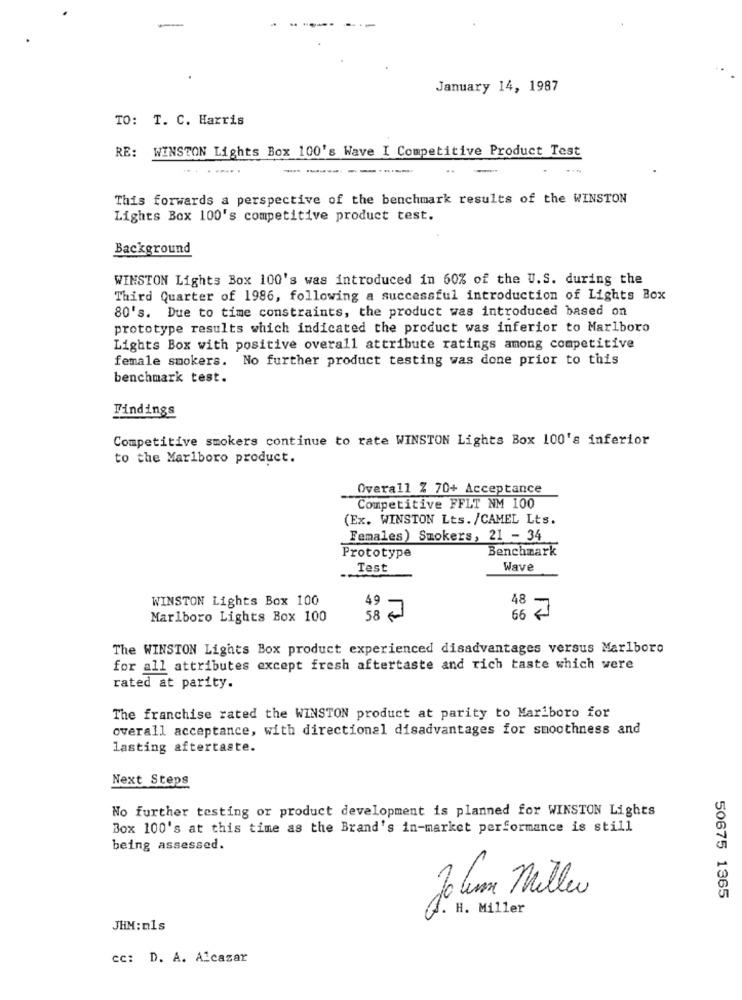
January 14, 1987
TO: T. C. Harris
RE: WINSTON Lights Box 100's Wave I Competitive Product Test
--...
----------
This forwards a perspective of the benchmark results of the WINSTON
Lights Box 100's competitive product test.
Background
WINSTON Lights Box 100's was introduced in 60% of the U.S. during the
Third Quarter of 1986, following a successful introduction of Lights Box
80's. Due to time constraints, the product was introduced based on
prototype results which indicated the product was inferior to Marlboro
Lights Box with positive overall attribute ratings among competitive
female smokers. No further product testing was done prior to this
benchmark test.
Findings
Competitive smokers continue to rate WINSTON Lights Box 100's inferior
to the Marlboro product.
Overall Z 70+ Acceptance
Competitive FFLT NM 100
(Ex. WINSTON Lts. /CAMEL Lts.
Females) Smokers, 21 - 34
Benchmark
Prototype
Test
Wave
WINSTON Lights Box 100
48
49
Marlboro Lights Box 100
66 -
The WINSTON Lights Box product experienced disadvantages versus Marlboro
for all attributes except fresh aftertaste and rich taste which were
rated at parity.
The franchise rated the WINSTON product at parity to Mariboro for
overall acceptance, with directional disadvantages for smoothness and
lasting aftertaste.
Next Steps
No further testing or product development is planned for WINSTON Lights
Box 100's at this time as the Brand's in-market performance is still
being assessed.
John Miller
50675 1365
H. Miller
JHM: nls
cc: D. A. Alcazar